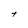
Character: t